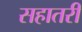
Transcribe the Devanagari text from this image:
सहातरी